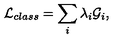
{ \cal L } _ { c l a s s } = \sum _ { i } \lambda _ { i } { \cal G } _ { i } ,